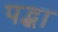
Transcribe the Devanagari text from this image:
पद्भा